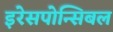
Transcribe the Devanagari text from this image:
इरेसपोन्सिबल